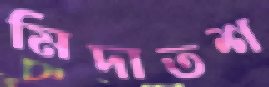
মিদাতশ